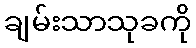
ချမ်းသာသုခကို